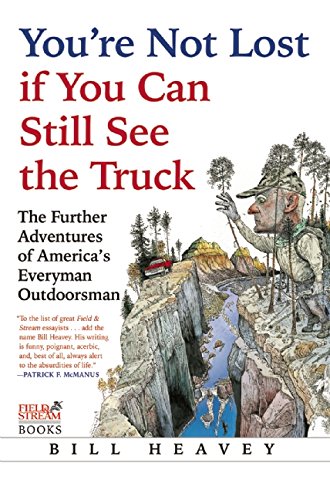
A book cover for You're Not Lost if You Can Still See the Truck: The Further Adventures of America's Everyman Outdoorsman; Bill Heavey; Humor & Entertainment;